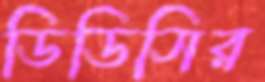
ডিডিসির